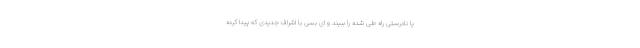
یا نادرستی راه طی شده را ببیند و ای بسی با اشراف جدیدی که پیدا کرده